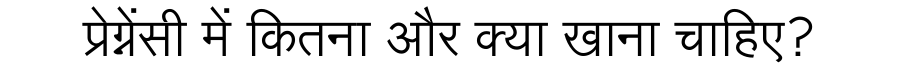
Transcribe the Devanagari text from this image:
प्रेग्नेंसी में कितना और क्या खाना चाहिए?